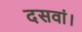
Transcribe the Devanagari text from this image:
दसवां।